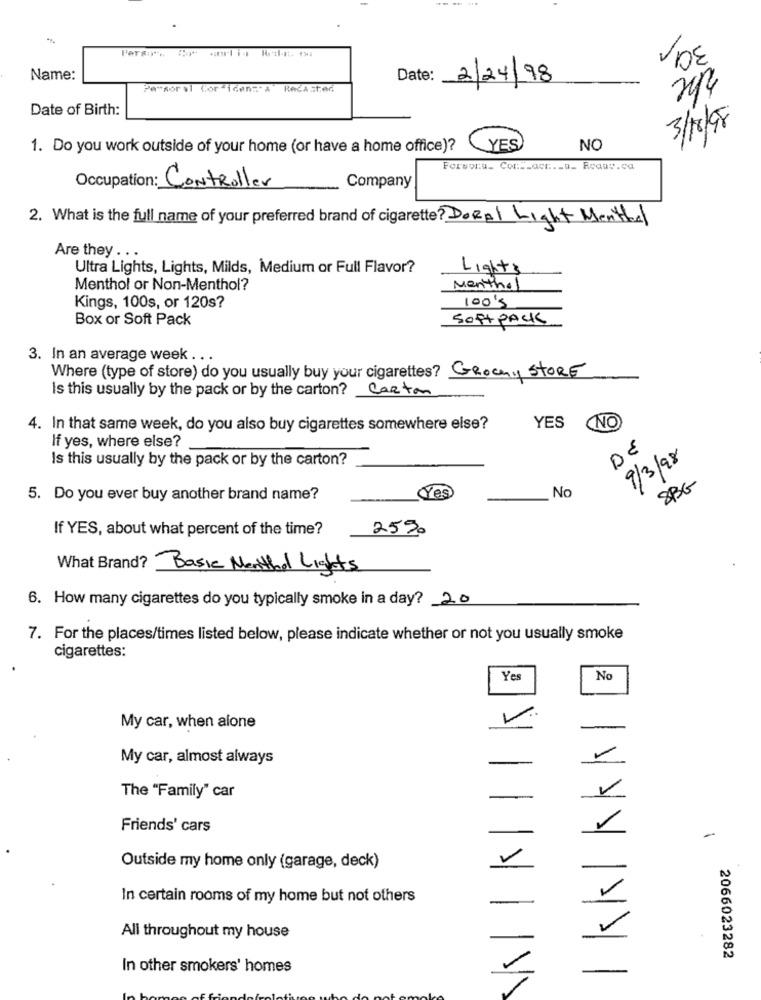
VIDE
Name:
Date:
2/24/98
Persoral Corsicans. a
RACA sted
Date of Birth:
3/18/98
1. Do you work outside of your home (or have a home office)?
YES
NO
Forsonu_ Cont_acc .. u_ Roaav.ca
Occupation: Controller
Company
2. What is the full name of your preferred brand of cigarette? DoRel Light Menthal
Are they . ..
Ultra Lights, Lights, Milds, Medium or Full Flavor?
Lights
Menthol or Non-Menthol?
Menthol
100's
Kings, 100s, or 120s?
Box or Soft Pack
SOFT PACK
3. In an average week . ..
Where (type of store) do you usually buy your cigarettes? GROchy STORE
Is this usually by the pack or by the carton?
Carton
NO
4. In that same week, do you also buy cigarettes somewhere else?
YES
If yes, where else?
DE
Is this usually by the pack or by the carton?
9/3/98
8BG
5. Do you ever buy another brand name?
Yes
No
If YES, about what percent of the time?
25%
What Brand? Basic Menthol Lights
6. How many cigarettes do you typically smoke in a day? 20
7. For the places/times listed below, please indicate whether or not you usually smoke
cigarettes:
Yes
No
My car, when alone
My car, almost always
The "Family" car
-
Friends' cars
-
Outside my home only (garage, deck)
In certain rooms of my home but not others
All throughout my house
2066023282
In other smokers' homes